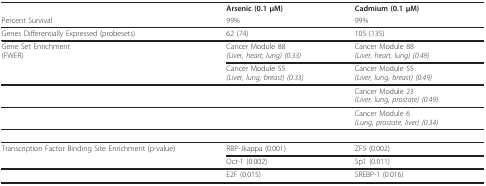
|  | Arsenic (0.1 μM) | Cadmium (0.1 μM) |
 | Percent Survival | 99% | 99% |
 | --- | --- | --- |
 | Genes Differentially Expressed (probesets) | 62 (74) | 105 (135) |
 | Gene Set Enrichment(FWER) | Cancer Module 88(Liver, heart, lung) (0.33) | Cancer Module 88(Liver, heart, lung) (0.49) |
 |  | Cancer Module 55(Liver, lung, breast) (0.33) | Cancer Module 55(Liver, lung, breast) (0.49) |
 |  |  | Cancer Module 23(Liver, lung, prostate) (0.49) |
 |  |  | Cancer Module 6(Lung, prostate, liver) (0.34) |
 | Transcription Factor Binding Site Enrichment (p-value) | RBP-Jkappa (0.001) | ZF5 (0.002) |
 |  | Oct-1 (0.002) | Sp1 (0.011) |
 |  | E2F (0.015) | SREBP-1 (0.016) |